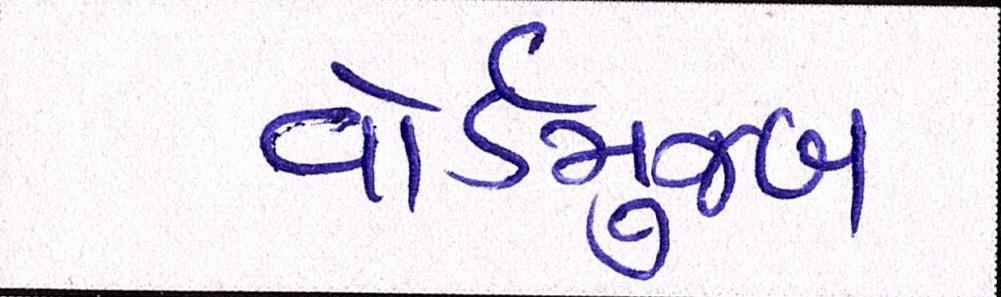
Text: વોર્ડમુજબ